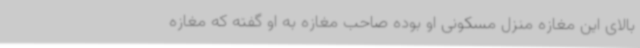
بالای این مغازه منزل مسکونی او بوده صاحب مغازه به او گفته که مغازه